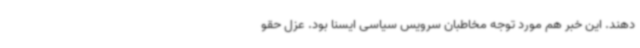
دهند. این خبر هم مورد توجه مخاطبان سرویس سیاسی ایسنا بود. عزل حقو